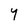
Character: Y